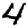
Digit: 4